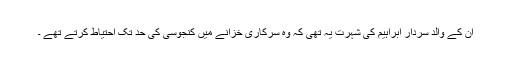
ان کے والد سردار ابراہیم کی شہرت یہ تھی کہ وہ سرکاری خزانے میں کنجوسی کی حد تک احتیاط کرتے تھے ۔